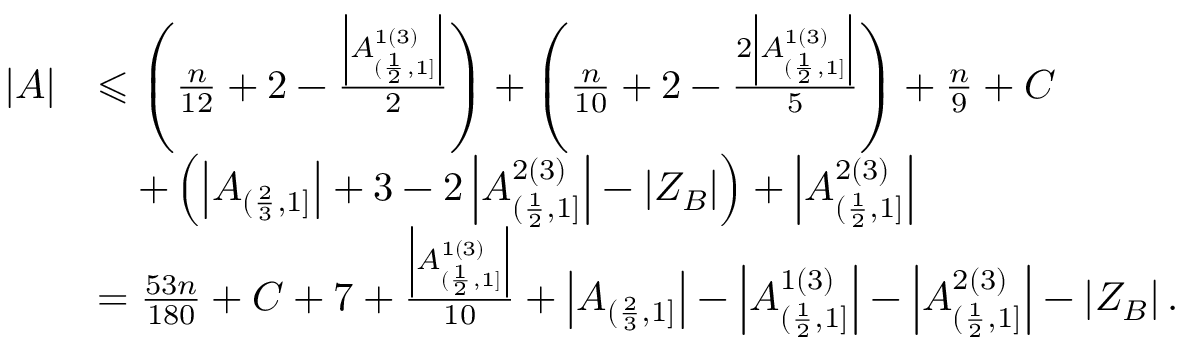
\begin{array} { r l } { | A | } & { \leqslant \left( \frac { n } { 1 2 } + 2 - \frac { \left| A _ { ( \frac { 1 } { 2 } , 1 ] } ^ { 1 ( 3 ) } \right| } { 2 } \right) + \left( \frac { n } { 1 0 } + 2 - \frac { 2 \left| A _ { ( \frac { 1 } { 2 } , 1 ] } ^ { 1 ( 3 ) } \right| } { 5 } \right) + \frac { n } { 9 } + C } \\ & { \, \, \, \, \, \, + \left( \left| A _ { ( \frac { 2 } { 3 } , 1 ] } \right| + 3 - 2 \left| A _ { ( \frac { 1 } { 2 } , 1 ] } ^ { 2 ( 3 ) } \right| - \left| Z _ { B } \right| \right) + \left| A _ { ( \frac { 1 } { 2 } , 1 ] } ^ { 2 ( 3 ) } \right| } \\ & { = \frac { 5 3 n } { 1 8 0 } + C + 7 + \frac { \left| A _ { ( \frac { 1 } { 2 } , 1 ] } ^ { 1 ( 3 ) } \right| } { 1 0 } + \left| A _ { ( \frac { 2 } { 3 } , 1 ] } \right| - \left| A _ { ( \frac { 1 } { 2 } , 1 ] } ^ { 1 ( 3 ) } \right| - \left| A _ { ( \frac { 1 } { 2 } , 1 ] } ^ { 2 ( 3 ) } \right| - \left| Z _ { B } \right| . } \end{array}